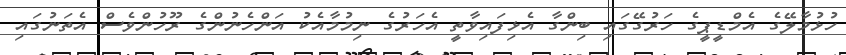
ހުޅުމާލޭގެ އެމްޑީޕީގެ ހަރުގޭގައި ބިންގާ އެޅިފައިވާތީ އެހަރުގެ ނިމުމާއެކު އަންހެނުންގެ ރޫހުންވެސް އެތަނުގައި